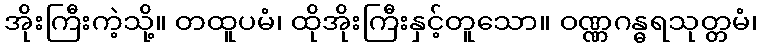
အိုးကြီးကဲ့သို့။ တထူပမံ၊ ထိုအိုးကြီးနှင့်တူသော။ ဝဏ္ဏဂန္ဓရသုတ္တမံ၊